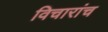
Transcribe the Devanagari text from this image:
विचारांच